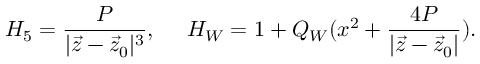
H _ { 5 } = { \frac { P } { | \vec { z } - \vec { z } _ { 0 } | ^ { 3 } } } , \ \ \ \ H _ { W } = 1 + Q _ { W } ( x ^ { 2 } + { \frac { 4 P } { | \vec { z } - \vec { z } _ { 0 } | } } ) .